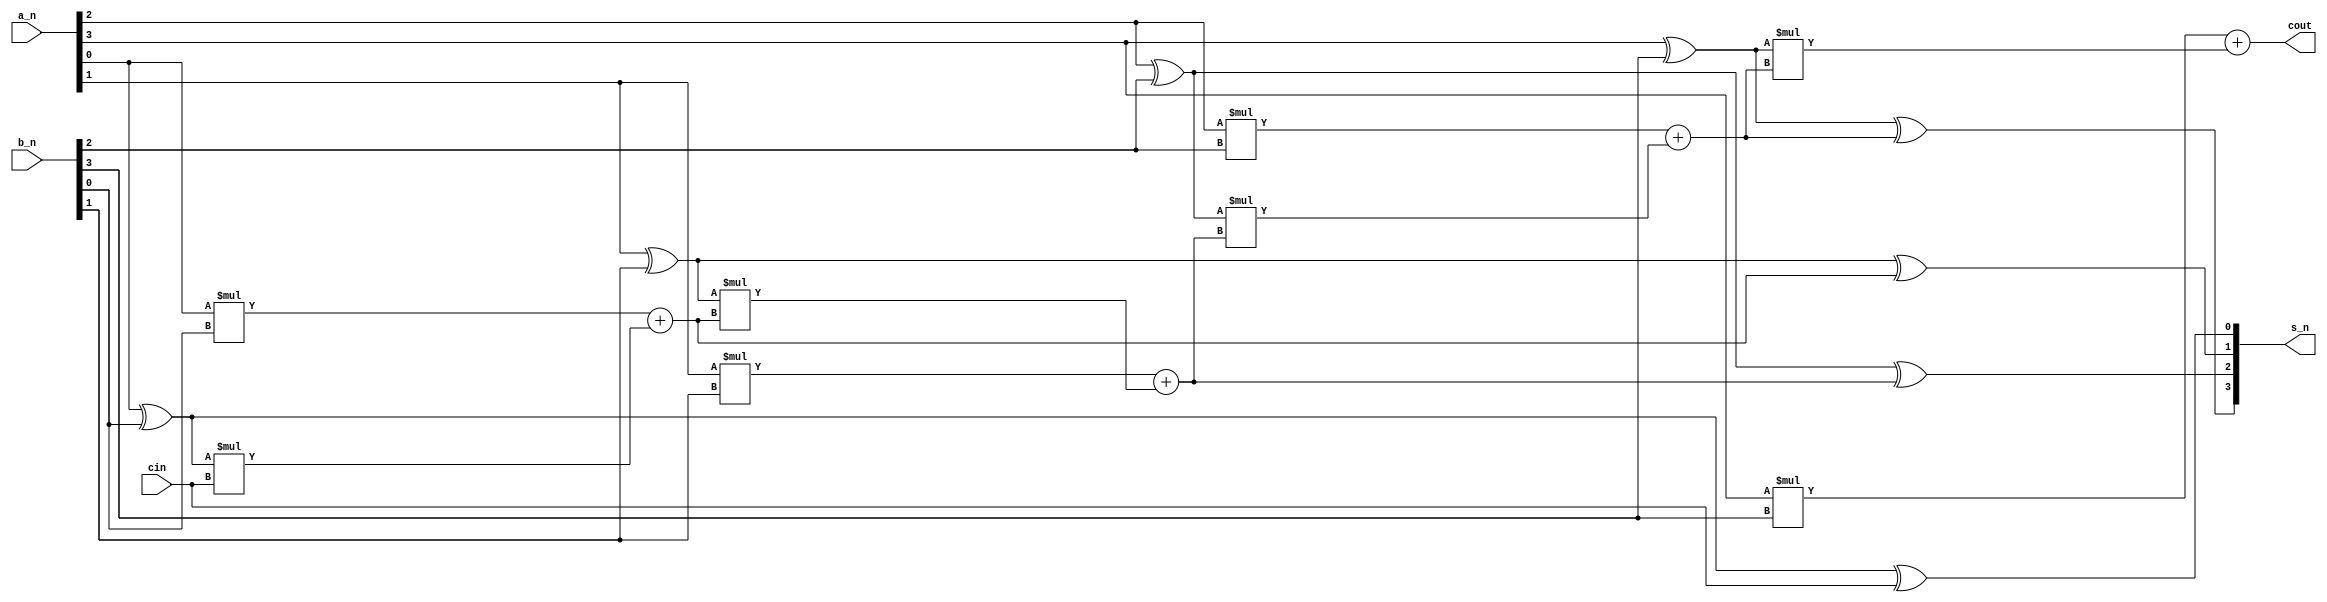
module full_adder_Nbit_lca
#(parameter width = 4)
(
    input [width-1 :0] a_n,
    input [width-1:0] b_n,
    input cin,
    output [width-1:0] s_n,
    output cout
);
genvar i;
wire [width-1:0] g;
wire [width-1:0] p;
wire [width:0] c;

for (i = 0;i<width;i = i+1) begin
    assign p[i] = a_n[i] ^b_n[i];
    assign c[i+1] = g[i] + p[i]* c[i];//
    assign g[i] = a_n[i] *b_n[i];
    assign s_n[i] = p[i] ^ c[i];
end

assign c[0] = cin;
assign cout = c[width];


endmodule